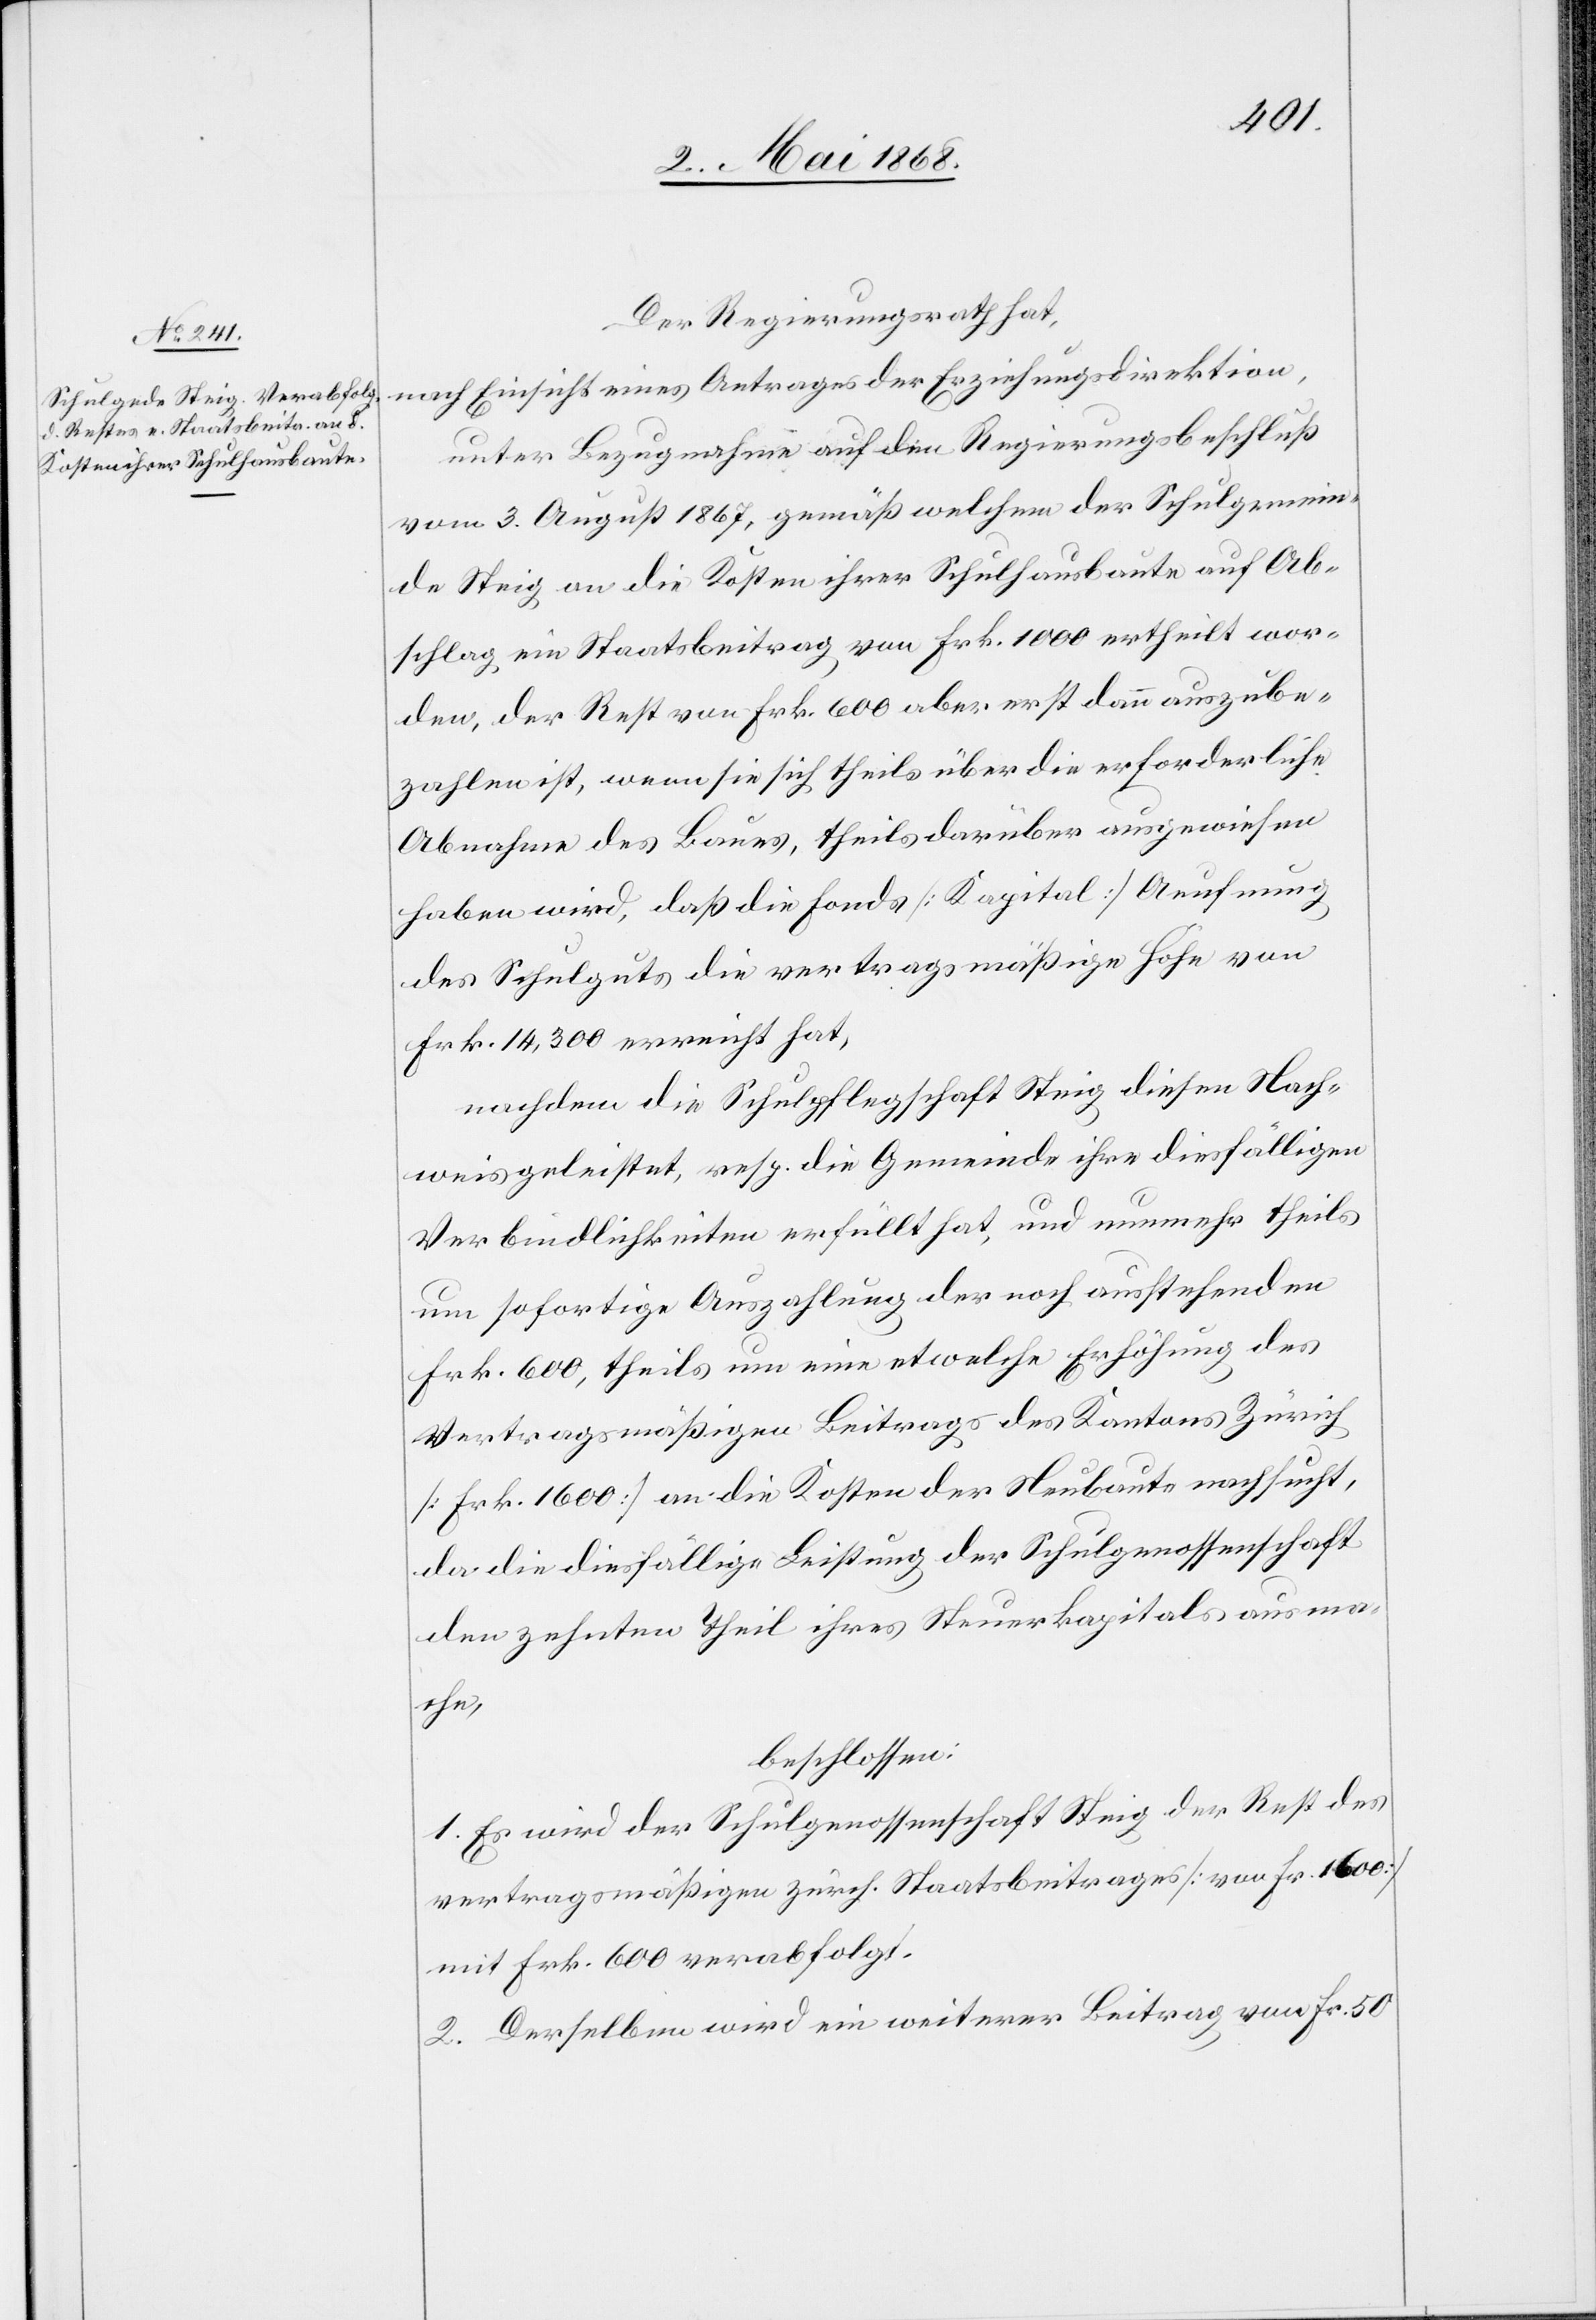
Der Regierungsrath hat,
nach Einsicht eines Antrages der Erziehungsdirektion,
unter Bezugnahme auf den Regierungsbeschluß
vom 3. August 1867, gemäß welchem der Schulgemein¬
de Steig an die Kosten ihrer Schulhausbaute auf Ab¬
schlag ein Staatsbeitrag von Frk. 1000 ertheilt wor¬
den, der Rest von Frk. 600 aber erst dann auszube¬
zahlen ist, wenn sie sich theils über die erforderliche
Abnahme des Baues, theils darüber ausgewiesen
haben wird, daß die Fonds [Kapital] Aeufnung
des Schulguts die vertragsmäßige Höhe von
Frk. 14,300 erreicht hat,
nachdem die Schulpflegschaft Steig diesen Nach¬
weis geleistet, resp. die Gemeinde ihre diesfälligen
Verbindlichkeiten erfüllt hat, und nunmehr theils
um sofortige Auszahlung der noch ausstehenden
Frk. 600, theils um eine etwelche Erhöhung des
vertragsmäßigen Beitrags des Kantons Zürich
[Frk. 1600] an die Kosten der Neubaute nachsucht,
da die diesfällige Leistung der Schulgenossenschaft
den zehnten Theil ihres Steuerkapitals ausma¬
che,
beschlossen:
1. Es wird der Schulgenossenschaft Steig der Rest des
vertragsmäßigen zürch. Staatsbeitrages [von Fr. 1600]
mit Frk. 600 verabfolgt.
2. Derselben wird ein weiterer Beitrag von Fr. 50